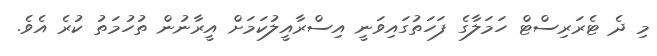
މި ދެ ޓެރަރިސްޓް ހަމަލާގެ ފަހަތުގައިވަނީ އިސްރާއީލުކަމަށް އީރާނުން ތުހުމަތު ކުރެ އެވެ.